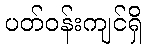
ပတ်ဝန်းကျင်ရှိ